Vital statistics of India. Vol. V, Reports of 1876 on armies & jails and on epidemic cholera
Year: 1876
Disease focus: Cholera
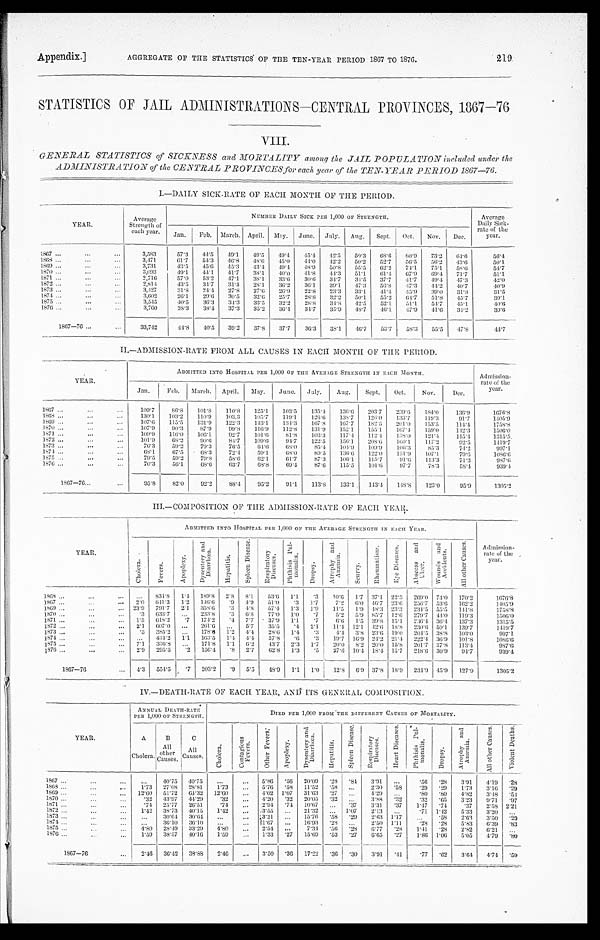
Appendix.]
AGGREGATE OF THE STATISTICS ' OF THE TEN-TEAR PERIOD 1867 TO 1876.
219
STATISTICS OF JAIL ADMINISTRATIONS—CENTRAL PROVINCES, 1867—76
VIII.
GENERAL STATISTICS of SICKNESS and MORTALITY among the JAIL POPULATION included under the
ADMNISTRATION of the CENTRAL PROVINCES for each year of the TEN- YEAR PERIOD 1867-76.
I.-DAILY SICK-RATE OF EACH MONTH OF THE PERIOD.
YEAR.
Average
Strength of
each year.
NUMBER DAILY SICK PER 1,000 OF STRENGTH.
Average
Daily Siek-
rate of th
e year.
Jan. Feb. March. April. May. June. July. Aug. Sept. Oct.
Nov.
Dec.
1867 . . .
...
. . .
3,583
57.3
44.5
49.1
49.5
4 9 . 4
4 5 . 4 42.5
50.3
68.6
80.9
73.2
64.6
56.4
1868 ..
...
. . .
3,471
61.7
54.3
46.8
48.6 45.0
44.0
42.2
50.2
52.7
56.5
56.2
43.6
50.1
1869 . . .
...
. . .
3 , 7 3 1
43.5
45.6
45.3
43.4 49.4
48.9 50.8
55.5
62.2
74.1
75.1
58.6
54.7
1870 ...
. . .
...
3,093
49.1 44.1
41.7
38.1
40.0
41.8 44.3
51.1
6 1 . 4 67.9 69.4
71.7
51.1
1871 . . .
...
...
2,716
57.0
53.2
47.1
38.1
33.6
30.6
34.7
34.5
37.7
41.7
4 9 . 4
4 7 . 3
42.0
1872 . . .
. . .
...
2,814
43.5
34.7
31.4
28.1
36.2
36.1
39.1
47.3
56.8 47.3
44.2
40.7
40.9
1873 . . .
...
...
3,427
31.8
24.4
27.8
27.6
26.9
22.8
23.3
33.1
41.4
45.9 39.0
31.8
31.5
1874 . . .
...
...
3,602
26.1
29.6
30.5
32.6 25.7
28.8
32.2
50.1
55.2
64.7
51.8
45.7
39.1
1875 . . .
...
...
3,545
40.5
36.3
34.3
33.5
32.2
28.8
34.8
42.5
52.1
51.1
54.7
45.1
4 0 . 6
1876 . . .
. . .
. . .
3,760
38.3
38.4
37.3
35.2
36.4
34.7
35.9
48.7
46.1
47.9
41.6
34.6
3 9 . 6
1867—76 ...
...
33,742
44.8 40.5
39.2
37.8
37.7
36.3
38.1
46.7
53.7
58.3
55.5
47.8
44.7
II.—ADMISSION-RATE FROM ALL CAUSES IN EACH MONTH OF THE PERIOD.
YEAR.
ADMITTED INTO HOSPITAL PER 1,000 OF THE AVERAGE STRENGTH IN EACH MONTH.
Admission-
rate of the
year.
Jan.
Feb. March. April. May.
June. July.
Aug.
Sept.
Oct.
Nov.
Dec.
1867 ...
...
...
109.7
86.8
101.8
110.8
125.1
103.5
135.4 136.6 203.7
239.6 184.0
136.9
1676.8
1868 ... ...
...
1 3 0 . 1 103.2
110.9 103.3
105.7
119.1
126.6 138.7
126.0
133.7
119.3
91.7
1405.9
1869 ... ...
...
1 0 7 . 6 115.5
131.9
122.3
143.1
134.3
167.8
167.7
182.5
201.0
153.5
114.4
1758.8
1870 ... ...
...
1 0 7 . 9 90.3
87.9
99.8
116.9
112.8
131.9
152.1
155.1
167.4
1 5 9 . 0
142.3
1506.0
1871 ...
...
...
1 0 9 . 9 116.0
106.1
92.7
101.6
81.8
103.3
117.4
112.4
138.0
121.4
115.4
1315.5
1872 ... ..
...
...
101.9
68.2
90.6
84.7
109.6
94.7
122.5
156.1
208.6 160.1
117.2
92.5
1419.7
1873 ...
...
...
76.3
59.2
79.3
76.5
64.6
68.0
85.4 104.9 109.9
106.3
85.3
74.2
997.1
1874...
. . .
...
68.1
67.5 68.3
72.4
59.1
68.0
89.5
136.6 122.0
151.9
107.1
79.6
1086.6
1875 ... ...
...
...
79.5
59.2
79.8
58.6
62.1
61.7
87.3
106.1
115.7
91.6
113.3
71.3
987.6
1876 ...
. . .
. . .
70.3
56.1
6 8 . 6
63.7
68.8
69.4
87.6
115.5
101.6
97.7
78.3
58.4
939.4
1867—76 . . .
...
95.8
82.0
92.2
88.4
95.2
91.1
113.8
133.1
143.4
148.8
123.0
95.9
1305.2
III.—COMPOSITION OF THE ADMISSION-RATE OF EACH YEAR.
YEAR.
ADMITTED INTO HOSPITAL PER 1,000 OF THE AVERAGE STRENGTH IN EACH YEAR.
Admission-
rate of the
year.
C h o l e r a .
F e v e r s .
A p o p l e x y .
D y s e n t e r y a n d D i a r r h œ a .
H e p a t i t i s .
S p l e e n D i s e a s e .
R e s p i r a t o r y D i s e a s e s .
P h t h i s i s p u l m o n a l i s .
D r o p s y .
A t r o p h y a n d A n æ m i a .
S c u r v y .
R h e u m a t i s m . E y e D i s e a s e s .
Ab s c e s s a n d Ul c e r .
w o u n d s a n d A c c i d e n t s .
A l l o t h e r C a u s e s .
1 8 6 8 . . .
. . .
. . .
. . .
834. 8
1. 4 189.8 2.8 8.1
53.6 1.1
. 3 10.6 1.7 37 .1 22.3 269.0 74.0 170.2
1676.8
1 8 6 7
. . .
...
... 2.0 641.3 1.2 146.6
.9 4.9
51.0 .3 1.7
7.2
6.0 46.7 23.6 256.7 53.6 162.2
1405.9
1 8 6 9 . . .
. . .
. . . 23.9 791.7 2.1 358.6
.3 4.8 57.4 1.3
1 . 9 11.5 1.9 48.3 23.3 234.5 55.5 141.8
1758.8
1870 . . .
. . .
. . .
.3
633. 7
. . . 233.8 .3 6.8
77.0 1.0
. 7
5.2 5.9
8 5 . 7 12.6 279.7 44.0 119.3
1506. 0
1871 . . .
. . .
. . . 1.5
618. 2 .7 174.2
. 4 7.7
37.9 1.1
. 7
6.6 1.5 39.8 15.1 236.4 36.4 137.3
1315.5
1872 ...
. . .
. . . 2.1
607. 0
. . .
261.6
. . . 5.7
35.5
. 4 2.1 1 1.4 12.1 42.6 18.8 230.6 50.1 139.7
1419.7
1873 . . .
. . .
. . .
.3 385.2
. . . 178.6 1.2 4.4 28.6 1.4
.3
4.4 3.8 23.6 19.0 204.5 38.8 103.0
997.1
1874 . . .
. . .
. . .
. . .
434.2 1.1 163.5 1.4 4.4 37.8
. 6 .3
19.7 16.9 24.2 21.4 222.4 36.9 101.8
1086.6
1875 ...
. . .
. . . 7.1 336.8
. . . 171.8 1.1
6. 2 43.7 2.3 1.7
20.0 8.2
2 0 . 0 15.8 201.7 37.8 113.4
9 8 7 . 6
1876 . . .
...
... 2.9 295.5
.2 156.4 .8 2.7
62.8 1.3
.5
27.6 10.4 18.4 15.7 218.6 30.9
94.7
9 3 9 . 4
1867-76
. . . 4.3 554.5
.7 203.2
.9 5.5
48.9 1.1 1.0
12.8 6.9 37.8 18.9 234.9 45.9 127.9
1305.2
IV.—DEATH-RATE OF EACH YEAR, AND ITS GENERAL COMPOSITION.
YEAR.
ANNUAL DEATH-RATE
PER 1,000 OF STRENGTH.
DIED PER 1,000 FROM THE DIFFERENT CAUSES OF MORTALITY.
A
Cholera.
B
All
other
Causes.
C
All C a u s e s .
C h o l e r a .
C o n t a g i o u s F e v e r .
O t h e r F e v e r s .
A p o p l e x y .
D y s e n t r y a n d D i a r r h œ a .
H e p a t i t i s .
S p l e e n D i s e a s e .
R e s p i r a t o r y D i s e a s e s .
H e a r t D i s e a s e s . P h t h i s i s p u l m o n a l i s .
D r o p s y
A r o p h y a n d A n æ m i a .
A l l o t h e r C a u s e s .
V i o l e n t D e a t h s .
1867 ...
...
...
...
40.75
40.75
...
. . . 5.86
56 20.09
. 2 8
. 84 3.91 ...
.56 .28
3.91
4.19 .28
1868 ...
. . .
. . . 1.73 27.08 28.81
1.73
. . . 5.76
. 5 8 11.52
. 5 8 ...
2.30
.58
.29 .29
1.73
3.16 .29
1869 . . .
. . .
. . .
12.60 51.72 64.32 12.60
. . . 4.02 1.07 31.63
. 2 7 ...
4.29 ...
.80 .80
4.82
3.48
. 5 4
1870 ...
. . .
. . .
. 3 2 43.97 44.29
.32
. . . 4.20
. 3 2 20.05
. 3 2 ...
38.8
. 32
.32 .65
3.23
9 . 7 1 .97
1871 ...
. . .
. . .
. 7 4 25.77 26.51
.74 ...
2.94 .74 10.67 ...
. 37 3.31
. 37 1.47 .74
. 3 7 2.58 2.21
1872 ...
. . .
...
1.42 38.73 40.15
1.42
...
3.55 ...
21.32 ... 1.07
2.13
. . .
.71 1.42
5.33
3.20
. . .
1873...
. . .
. . .
... 30.64 30.64 ...
...
3.21 ...
15.76
. 5 8
. 29
2.63 1.17
. . .
.58
2.63
3.50 . 20
1874 ...
. . .
. . .
. . . 36.10
36.10
. . .
. . .
1.67 ...
16.93
. 2 8 ...
2.50 1.11
.28 .28
5.83 6.39
. 8 3
1875 . . .
. . .
. . .
4.80 28.49 33.29
4.80
...
2.54
. . .
7.34
. 5 6
. 2 8 6.77
.28 1.41 .28
2.82
6 . 2 1
. . .
1876 ...
. . .
. . . 1.59 38.57 40.16 1.59
. . . 1.33 .27 15.69
. 5 3
. 27
6 . 6 5
.27
1.86 1.06 5.05
4.79 .80
1867-76
. . .
2.46 36.42 38.88
2.46
...
3.50 .36 17.22
. 3 6
. 30 3.91 .41
.77 .62
3.64 4.74 .59